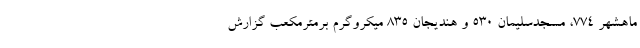
ماهشهر ۷۷۴، مسجدسلیمان ۵۳۰ و هندیجان ۸۳۵ میکروگرم برمترمکعب گزارش